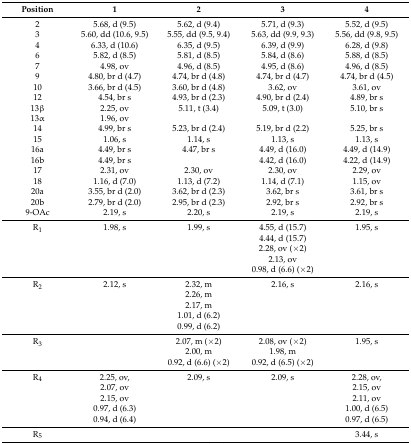
<table><thead><tr><td><b>Position</b></td><td><b>1</b></td><td><b>2</b></td><td><b>3</b></td><td><b>4</b></td></tr></thead><tbody><tr><td>2</td><td>5.68, d (9.5)</td><td>5.62, d (9.4)</td><td>5.71, d (9.3)</td><td>5.52, d (9.5)</td></tr><tr><td>3</td><td>5.60, dd (10.6, 9.5)</td><td>5.55, dd (9.5, 9.4)</td><td>5.63, dd (9.9, 9.3)</td><td>5.56, dd (9.8, 9.5)</td></tr><tr><td>4</td><td>6.33, d (10.6)</td><td>6.35, d (9.5)</td><td>6.39, d (9.9)</td><td>6.28, d (9.8)</td></tr><tr><td>6</td><td>5.82, d (8.5)</td><td>5.81, d (8.5)</td><td>5.84, d (8.6)</td><td>5.88, d (8.5)</td></tr><tr><td>7</td><td>4.98, ov</td><td>4.96, d (8.5)</td><td>4.95, d (8.6)</td><td>4.96, d (8.5)</td></tr><tr><td>9</td><td>4.80, br d (4.7)</td><td>4.74, br d (4.8)</td><td>4.74, br d (4.7)</td><td>4.74, br d (4.5)</td></tr><tr><td>10</td><td>3.66, br d (4.5)</td><td>3.60, br d (4.8)</td><td>3.62, ov</td><td>3.61, ov</td></tr><tr><td>12</td><td>4.54, br s</td><td>4.93, br d (2.3)</td><td>4.90, br d (2.4)</td><td>4.89, br s</td></tr><tr><td>13β</td><td>2.25, ov</td><td>5.11, t (3.4)</td><td>5.09, t (3.0)</td><td>5.10, br s</td></tr><tr><td>13α</td><td>1.96, ov</td><td></td><td></td><td></td></tr><tr><td>14</td><td>4.99, br s</td><td>5.23, br d (2.4)</td><td>5.19, br d (2.2)</td><td>5.25, br s</td></tr><tr><td>15</td><td>1.06, s</td><td>1.14, s</td><td>1.13, s</td><td>1.13, s</td></tr><tr><td>16a</td><td>4.49, br s</td><td>4.47, br s</td><td>4.49, d (16.0)</td><td>4.49, d (14.9)</td></tr><tr><td>16b</td><td>4.49, br s</td><td></td><td>4.42, d (16.0)</td><td>4.22, d (14.9)</td></tr><tr><td>17</td><td>2.31, ov</td><td>2.30, ov</td><td>2.30, ov</td><td>2.29, ov</td></tr><tr><td>18</td><td>1.16, d (7.0)</td><td>1.13, d (7.2)</td><td>1.14, d (7.1)</td><td>1.15, ov</td></tr><tr><td>20a</td><td>3.55, br d (2.0)</td><td>3.62, br d (2.3)</td><td>3.62, br s</td><td>3.61, br s</td></tr><tr><td>20b</td><td>2.79, br d (2.0)</td><td>2.95, br d (2.3)</td><td>2.92, br s</td><td>2.92, br s</td></tr><tr><td>9-OAc</td><td>2.19, s</td><td>2.20, s</td><td>2.19, s</td><td>2.19, s</td></tr><tr><td>R<sub>1</sub></td><td>1.98, s</td><td>1.99, s</td><td>4.55, d (15.7)</td><td>1.95, s</td></tr><tr><td></td><td></td><td></td><td>4.44, d (15.7)</td><td></td></tr><tr><td></td><td></td><td></td><td>2.28, ov (×2)</td><td></td></tr><tr><td></td><td></td><td></td><td>2.13, ov</td><td></td></tr><tr><td></td><td></td><td></td><td>0.98, d (6.6) (×2)</td><td></td></tr><tr><td>R<sub>2</sub></td><td>2.12, s</td><td>2.32, m</td><td>2.16, s</td><td>2.16, s</td></tr><tr><td></td><td></td><td>2.26, m</td><td></td><td></td></tr><tr><td></td><td></td><td>2.17, m</td><td></td><td></td></tr><tr><td></td><td></td><td>1.01, d (6.2)</td><td></td><td></td></tr><tr><td></td><td></td><td>0.99, d (6.2)</td><td></td><td></td></tr><tr><td>R<sub>3</sub></td><td></td><td>2.07, m (×2)</td><td>2.08, ov (×2)</td><td>1.95, s</td></tr><tr><td></td><td></td><td>2.00, m</td><td>1.98, m</td><td></td></tr><tr><td></td><td></td><td>0.92, d (6.6) (×2)</td><td>0.92, d (6.5) (×2)</td><td></td></tr><tr><td>R<sub>4</sub></td><td>2.25, ov,</td><td>2.09, s</td><td>2.09, s</td><td>2.28, ov,</td></tr><tr><td></td><td>2.07, ov</td><td></td><td></td><td>2.15, ov</td></tr><tr><td></td><td>2.15, ov</td><td></td><td></td><td>2.11, ov</td></tr><tr><td></td><td>0.97, d (6.3)</td><td></td><td></td><td>1.00, d (6.5)</td></tr><tr><td></td><td>0.94, d (6.4)</td><td></td><td></td><td>0.97, d (6.5)</td></tr><tr><td>R<sub>5</sub></td><td></td><td></td><td></td><td>3.44, s</td></tr></tbody></table>